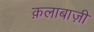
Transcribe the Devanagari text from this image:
क़लाबाज़ी